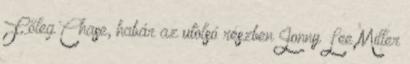
Főleg Chase, habár az utolsó részben Jonny Lee Miller